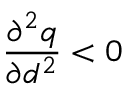
\frac { \partial ^ { 2 } q } { \partial d ^ { 2 } } < 0